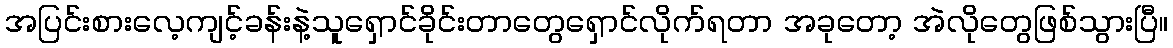
အပြင်းစားလေ့ကျင့်ခန်းနဲ့သူရှောင်ခိုင်းတာတွေရှောင်လိုက်ရတာ အခုတော့ အဲလိုတွေဖြစ်သွားပြီ။